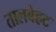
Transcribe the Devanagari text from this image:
तालबेहट